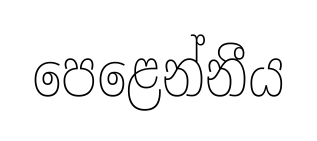
පෙළෙන්නීය